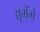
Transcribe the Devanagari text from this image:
द्यूमेंगे